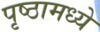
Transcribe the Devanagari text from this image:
पृष्ठामध्ये